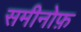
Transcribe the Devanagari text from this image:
समीनोफ़